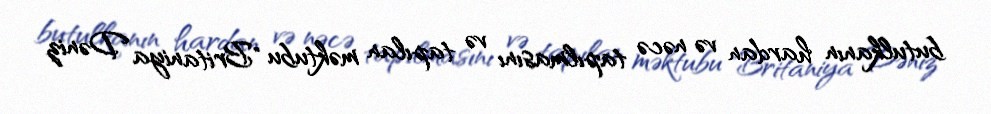
butulkanın hardan və nəcə tapılmasını və tapılan məktubu "Britaniya Dəniz